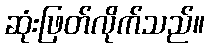
ဆုံးဖြတ်လိုက်သည်။